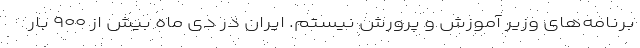
برنامه‌های وزیر آموزش و پرورش نیستم. ایران در دی ماه بیش از ۹۰۰ بار